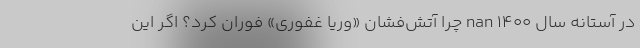
در آستانه سال 1400 nan چرا آتش‌فشان «وریا غفوری» فوران کرد؟ اگر این